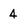
Character: 4